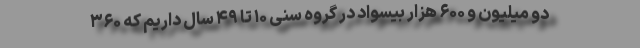
دو میلیون و ۶۰۰ هزار بیسواد در گروه سنی ۱۰ تا ۴۹ سال داریم که ۳۶۰